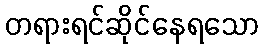
တရားရင်ဆိုင်နေရသော